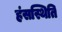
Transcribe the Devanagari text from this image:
हंसस्थिति